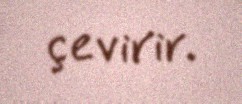
çevirir.